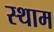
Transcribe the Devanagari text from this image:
स्थाम